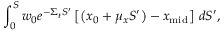
\int _ { 0 } ^ { S } w _ { 0 } e ^ { - \Sigma _ { t } S ^ { \prime } } \left[ \left( x _ { 0 } + \mu _ { x } S ^ { \prime } \right) - x _ { \mathrm { m i d } } \right] \, d S ^ { \prime } ,